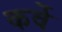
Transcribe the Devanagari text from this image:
कर्वेे